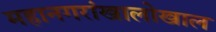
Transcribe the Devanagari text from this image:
महानगरांखालोखाल